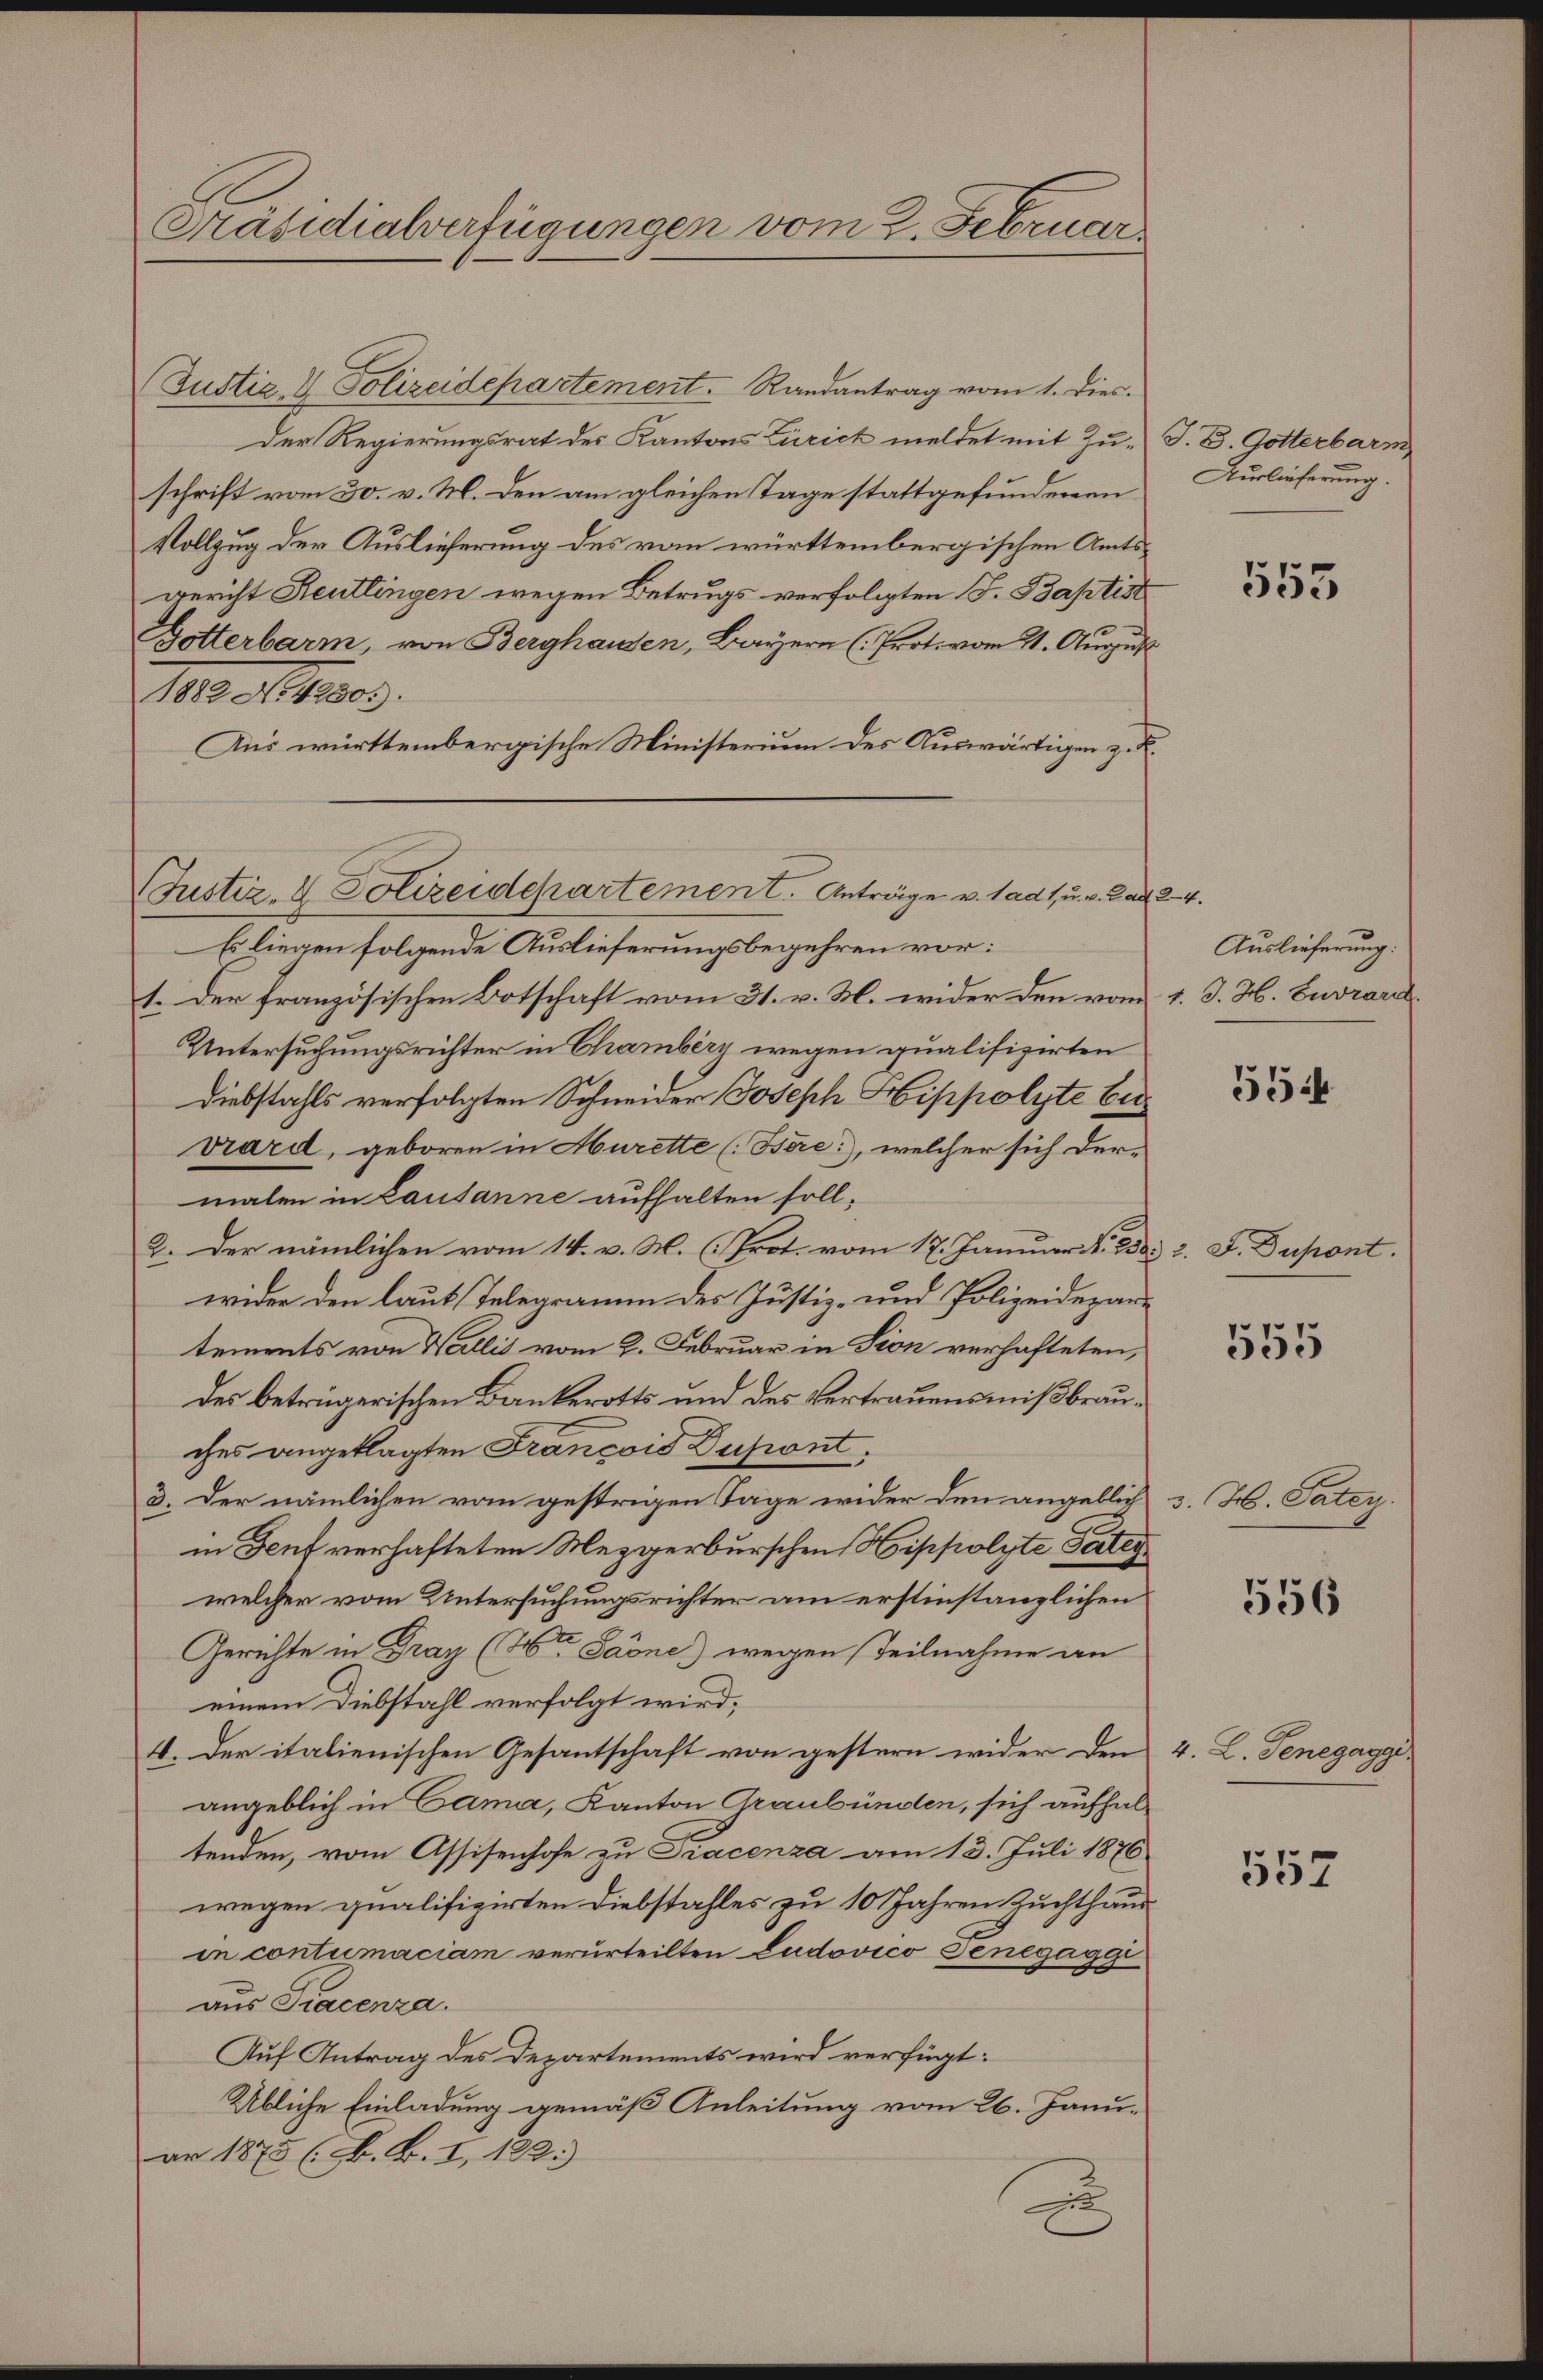
Präsidialverfügungen vom 2. Februar

(Justiz & Polizeidepartement. Randantrag vom 1. Dies
Der Regierungsrat des Kantons Zürich meldet mit Zu- J. B. Gotterbarm
schrift vom 30. v. M. den am gleichen Tage stattgefundenen
Vollzug der Auslieferung des vom württembergischen Amtsgericht Reutlingen wegen Betrugs verfolgten F. Baptist
Götterbarm, von Berghausen, Bayern (Prot. vom 21. August
1810. 10.
Aus württembergische Ministerium des Auswärtigen z. B.
Justiz- & Polizeidepartement. Anträge u. ladt, u. v. Lad
Es liegen folgende Auslieferungsbegehren vor:
1. Der französischen Botschaft vom 31. v. M. wider den vom
Untersuchungsrichter in Chamberg wegen qualifizirten
Diebstahls verfolgten Schneider Joseph Hippolyte bi
Drard, geboren in Murette (Bere), welcher sich dermalen in Lausanne aufhalten soll,
2. Der nämlichen vom 14. v. M. (Prot. vom 17. Januar 1838. 2. F. Dupont.
wider den laut Telegramm des Justiz- und Polizeidepartements von Wallis vom 2. Februar in Sion verhafteten,
des betrügerischen Bankerotts und des Vertrauensmißbrauches angeklagten Francois Dupont
3. Der nämlichen vom gestrigen Tage wider den angeblich
in Genf verhafteten Mezgerburschen, Hippolyte Pater
welcher vom Untersuchungsrichter am erstinstanzlichen
Gerichte in Dray (2te Saöne) wegen Teilnahme an
einem Diebstahl verfolgt wird,
4. Der italienischen Gesantschaft von gestern wider den
angeblich in Cama, Kanton Graubünden, sich aufhaltenden, vom Assisenhofe zu Siacenza am 13. Juli 1876
wegen qualifizirten Diebstahles zu 10 Jahren Zuchthaus
in contumaciam verurteilten Ludovićo Tenegaggi
x
aus Tracenza.
Auf Antrag des Departements wird verfügt:
Übliche Einladung gemäß Anleitung vom 26. Janu-
ar 1875 (H. B. I, 182.
u

Auslieferung.

555

24.
Auslieferung:
1. J. H. Envrard

5544

555

3. Hr. Patey.

556

4. L. Genegaggi

557